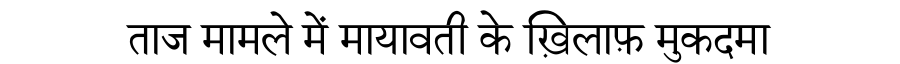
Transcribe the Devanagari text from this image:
ताज मामले में मायावती के ख़िलाफ़ मुकदमा